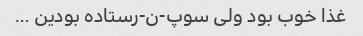
غذا خوب بود ولی سوپ-ن-رستاده بودین …